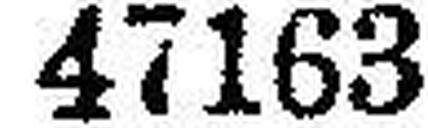
47163